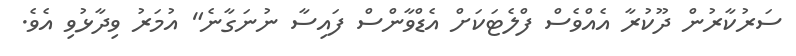
ސަރުކާރުން ދޫކުރާ އެއްވެސް ފްލެޓަކަށް އެޑްވާންސް ފައިސާ ނުނަގާނެ" އުމަރު ވިދާޅުވި އެވެ.